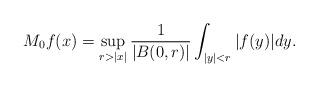
LaTeX: \begin{align*}M_0f(x)=\sup_{r>|x|}\frac 1{|B(0,r)|}\int_{|y|<r}|f(y)|dy.\end{align*}